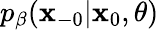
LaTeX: p_{\beta}(\mathbf{x}_{-0}|\mathbf{x}_{0},\theta)